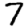
Digit: 7